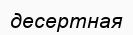
десертная